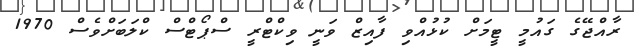
ރާއްޖޭގެ ގައުމީ ޓީމަށް ކުޅުއްވި ފާއިޒް ވަނީ ވިކްޓްރީ ސްޕޯޓްސް ކްލަބަށްވެސް 1970